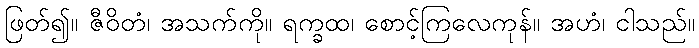
ဖြတ်၍။ ဇီဝိတံ၊ အသက်ကို။ ရက္ခထ၊ စောင့်ကြလေကုန်။ အဟံ၊ ငါသည်။